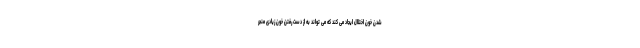
شدن خون اختلال ایجاد می کند که می تواند به از دست رفتن خون زیادی منجر